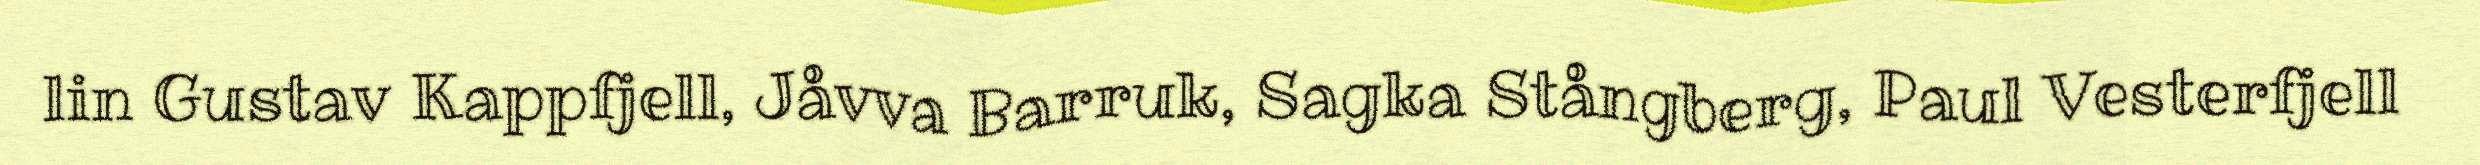
lin Gustav Kappfjell, Jåvva Barruk, Sagka Stångberg, Paul Vesterfjell